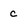
Character: c